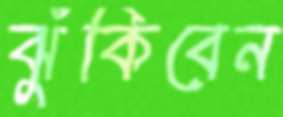
ঝুঁকিবেন